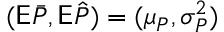
( \mathsf E \bar { P } , \mathsf E \hat { P } ) = ( \mu _ { P } , \sigma _ { P } ^ { 2 } )